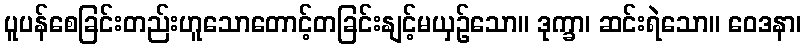
ပူပန်စေခြင်းတည်းဟူသောတောင့်တခြင်းနျင့်မယှဉ်သော။ ဒုက္ခာ၊ ဆင်းရဲသော။ ဝေဒနာ၊